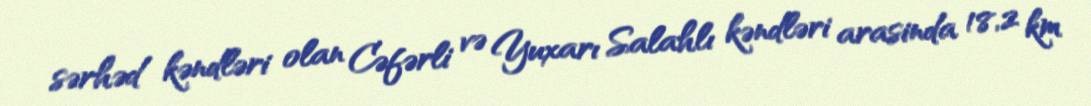
sərhəd kəndləri olan Cəfərli və Yuxarı Salahlı kəndləri arasinda 18,2 km